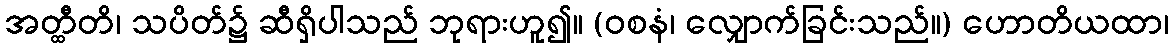
အတ္ထီတိ၊ သပိတ်၌ ဆီရှိပါသည် ဘုရားဟူ၍။ (ဝစနံ၊ လျှောက်ခြင်းသည်။) ဟောတိယထာ၊